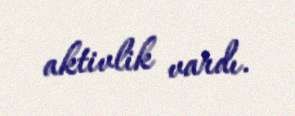
aktivlik vardı.